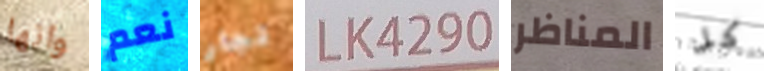
وانها نعم تجار LK4290 المناظر كل